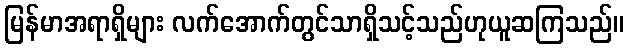
မြန်မာအရာရှိများ လက်အောက်တွင်သာရှိသင့်သည်ဟုယူဆကြသည်။